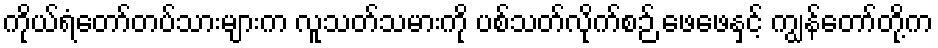
ကိုယ်ရံတော်တပ်သားများက လူသတ်သမားကို ပစ်သတ်လိုက်စဉ် ဖေဖေနှင့် ကျွန်တော်တို့က